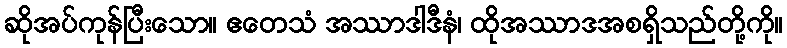
ဆိုအပ်ကုန်ပြီးသော။ ဧတေသံ အဿာဒါဒီနံ၊ ထိုအဿာဒအစရှိသည်တို့ကို။